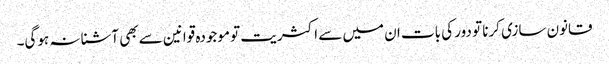
قانون سازی کرنا تو دور کی بات ان میں سے اکثریت تو موجودہ قوانین سے بھی آشنا نہ ہوگی۔